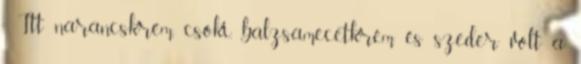
: Itt narancskrém, csoki, balzsamecetkrém és szeder volt a